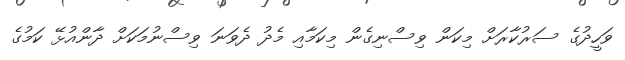
ވަހީދުގެ ސަރުކާރަށް މިކަން ވިސްނިގެން މިކަމާއި މެދު ދެވަނަ ވިސްނުމަކަށް ދާންއުޅޭ ކަމުގެ